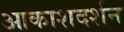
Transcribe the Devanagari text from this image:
आकाशदर्शन